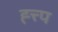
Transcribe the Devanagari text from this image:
ह्त्त्प